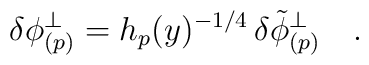
\delta\phi^\perp_{(p)} = h_p(y)^{-1/4} \, \delta{\tilde{\phi}}^\perp_{(p)} \quad .